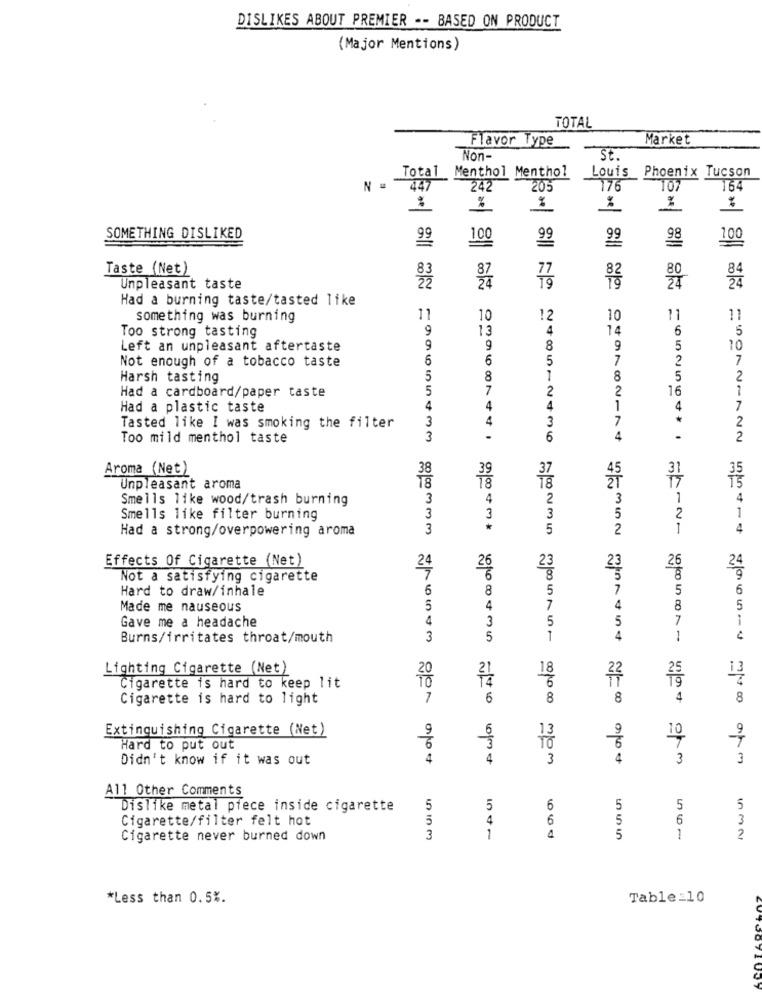
DISLIKES ABOUT PREMIER -- BASED ON PRODUCT
(Major Mentions)
TOTAL
Flavor Type
Market
Non-
St.
Total Menthol Menthol
Louis Phoenix Tucson
447
242
205
176
107
164
%
%
%
SOMETHING DISLIKED
99
100
98
100
Taste (Net)
87
24
Unpleasant taste
co
Had a burning taste/tasted like
something was burning
11
10
12
10
11
11
9
13
4
14
6
5
Too strong tasting
Left an unpleasant aftertaste
9
9
8
9
5
10
Not enough of a tobacco taste
6
6
5
7
2
7
Harsh tasting
5
8
8
5
2
Had a cardboard/paper taste
5
7
2
2
16
1
Had a plastic taste
4
4
4
4
7
3
4
3
7
*
2
Tasted like I was smoking the filter
Too mild menthol taste
3
6
4
.
2
Aroma (Net)
38
39
37
31
18
17
Unpleasant aroma
Smells like wood/trash burning
3
4
2
3
1
4
3
Smells like filter burning
3
3
5
2
1
Had a strong/overpowering aroma
3
5
2
1
4
Effects Of Cigarette (Net)
24
26
23
23
26
24
Not a satisfying cigarette
6
8
Hard to draw/inhale
6
8
5
7
5
6
Made me nauseous
5
4
7
4
8
5
Gave me a headache
4
5
5
7
1
3
Burns/irritates throat/mouth
3
5
1
4
1
Lighting Cigarette (Net)
18
13
6
22
Cigarette is hard to keep lit
Cigarette is hard to light
7
6
8
8
4
8
Extinguishing Cigarette (Net)
9
6
9
10
Hard to put out
6
3
Didn't know if it was out
4
4
3
mom
4
3
3
All Other Comments
Dislike metal piece inside cigarette
5
5
6
5
5
5
Cigarette/filter felt hot
5
4
6
5
6
3
Cigarette never burned down
3
1
4
5
1
2
*Less than 0.5%.
Table_10